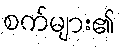
စက်များ၏